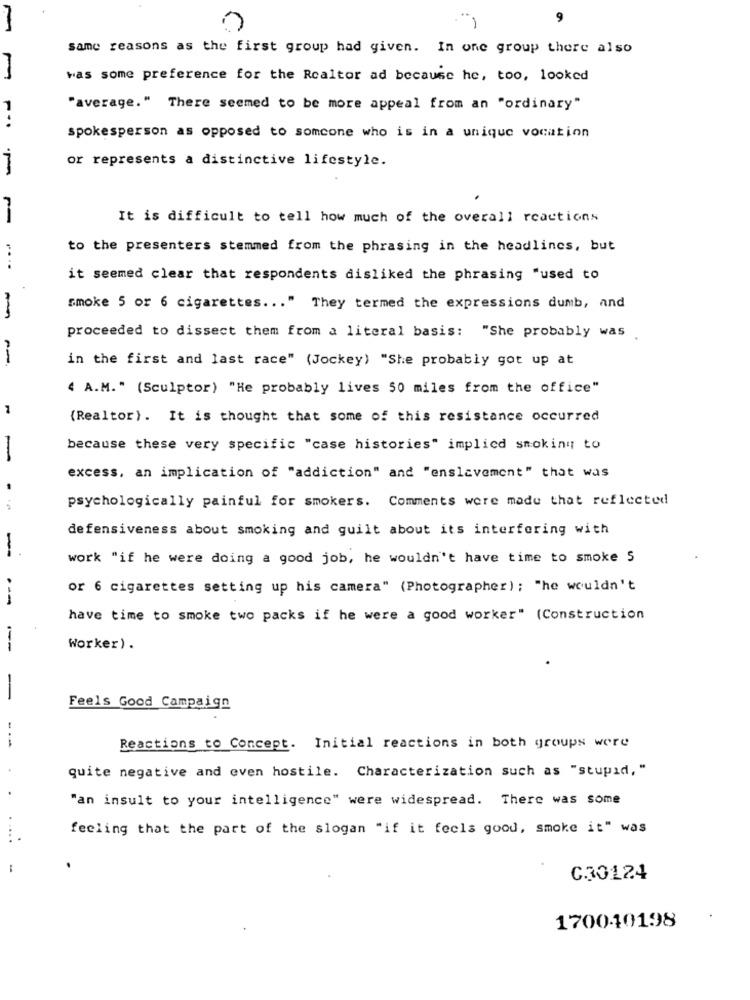
9
M
same reasons as the first group had given. In one group there also
was some preference for the Realtor ad because he, too, looked
"average." There seemed to be more appeal from an "ordinary"
spokesperson as opposed to someone who is in a unique vocation
or represents a distinctive lifestyle.
It is difficult to tell how much of the overall rcactions
to the presenters stemmed from the phrasing in the headlines, but
....
it seemed clear that respondents disliked the phrasing "used to
smoke 5 or 6 cigarettes ... " They termed the expressions dumb, and
-
proceeded to dissect them from a literal basis: "She probably was .
in the first and last race" (Jockey) "She probably got up at
4 A.M." (Sculptor) "He probably lives 50 miles from the office"
1
(Realtor). It is thought that some of this resistance occurred
because these very specific "case histories" implied smoking to
-
excess, an implication of "addiction" and "enslavement" that was
psychologically painful for smokers. Comments were made that reflected
defensiveness about smoking and guilt about its interfering with
--
work "if he were doing a good job, he wouldn't have time to smoke 5
or 6 cigarettes setting up his camera" (Photographer); "he wouldn't
---
have time to smoke two packs if he were a good worker" (Construction
--
Worker) .
-
Feels Good Campaign
--
Reactions to Concept. Initial reactions in both groups were
quite negative and even hostile. Characterization such as "stupid, "
"an insult to your intelligence" were widespread. There was some
. .
feeling that the part of the slogan "if it feels good, smoke it" was
C30124
170040198